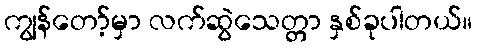
ကျွန်တော့်မှာ လက်ဆွဲသေတ္တာ နှစ်ခုပါတယ်။